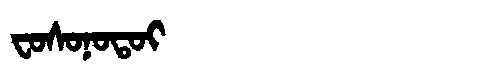
Manchu: ᠸᠣᠰᠣᠨᠣᡨᠣᡳ
Romanization: FOSONOTOI